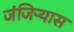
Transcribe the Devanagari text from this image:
जंजिऱ्यास